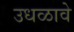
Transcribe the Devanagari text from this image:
उधळावे